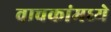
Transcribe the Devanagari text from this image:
वाचकांमध्ये